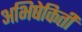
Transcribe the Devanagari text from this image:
अभिषेकिती